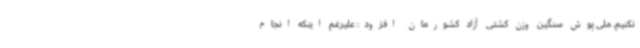
نکنیم. ملی پوش سنگین وزن کشتی آزاد کشورمان افزود: علیرغم اینکه انجام